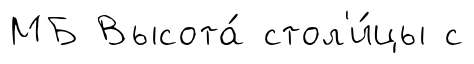
МБ Высота́ стол'и́цы с